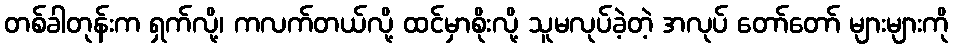
တစ်ခါတုန်းက ရှက်လို့၊ ကလက်တယ်လို့ ထင်မှာစိုးလို့ သူမလုပ်ခဲ့တဲ့ အလုပ် တော်တော် များများကို